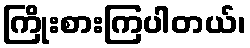
ကြိုးစားကြပါတယ်၊